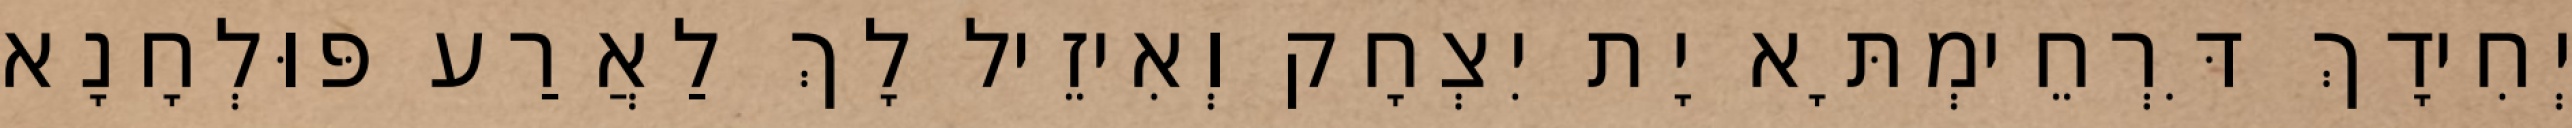
יְחִידָךְ דִּרְחֵימְתָּא יָת יִצְחָק וְאִיזֵיל לָךְ לַאֲרַע פּוּלְחָנָא